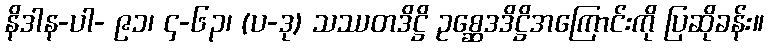
နိဒါန-ပါ- ၉၁၊ ၄-၆၃၊ (ပ-ဒု) သဿတဒိဋ္ဌိ ဥစ္ဆေဒဒိဋ္ဌိအကြောင်းကို ပြဆိုခန်း။